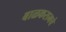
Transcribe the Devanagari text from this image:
बाळकरामचे